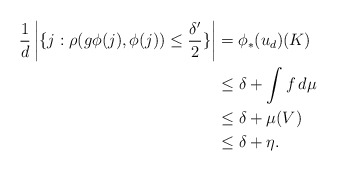
\begin{align*}\frac{1}{d}\left|\{j:\rho(g\phi(j),\phi(j))\leq \frac{\delta'}{2}\}\right|&=\phi_{*}(u_{d})(K)\\&\leq \delta+\int f\,d\mu\\&\leq \delta+\mu(V)\\&\leq \delta+\eta.\end{align*}